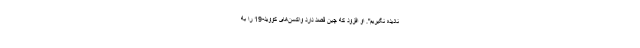
نادیده نگیریم". او افزود که چین قصد دارد واکسن‌های کووید-19 را به